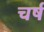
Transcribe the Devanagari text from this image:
चर्ष